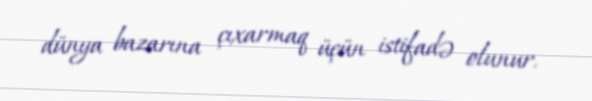
dünya bazarına çıxarmaq üçün istifadə olunur.